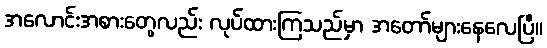
အလောင်းအစားတွေလည်း လုပ်ထားကြသည်မှာ အတော်များနေလေပြီ။